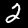
Label: 2